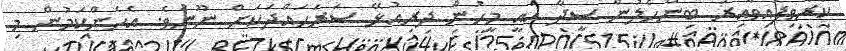
ކުރެވިފައިވާއިރު ބިންހެލުން ސީދާ އައީ މީހުން ދިރިއުޅޭ ސަރަޙައްދަކަށް ނޫނެވެ. އެހެންކަމުން މި